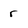
Character: r